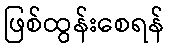
ဖြစ်ထွန်းစေရန်